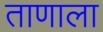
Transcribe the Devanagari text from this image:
ताणाला